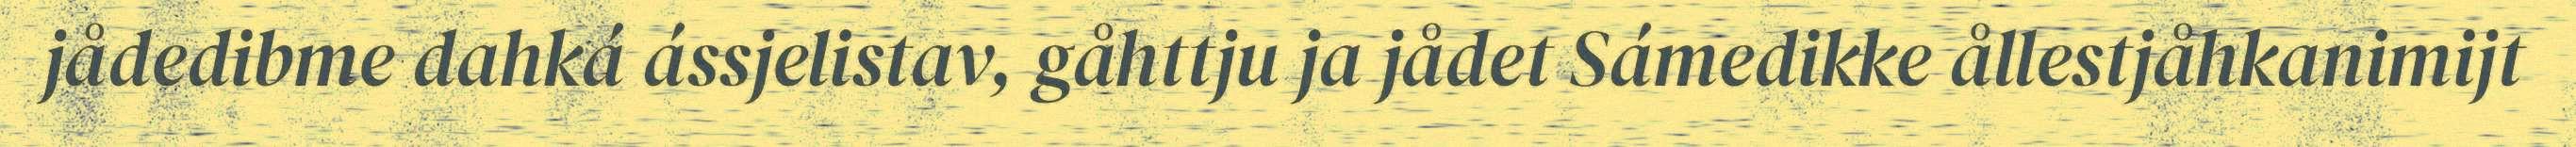
jådedibme dahká ássjelistav, gåhttju ja jådet Sámedikke ållestjåhkanimijt